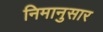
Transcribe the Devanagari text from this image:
निमानुसार